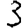
Digit: 3